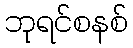
ဘုရင်စနစ်